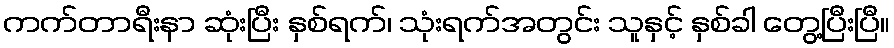
ကက်တာရီးနာ ဆုံးပြီး နှစ်ရက်၊ သုံးရက်အတွင်း သူနှင့် နှစ်ခါ တွေ့ပြီးပြီ။